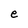
Character: e